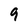
Character: 9